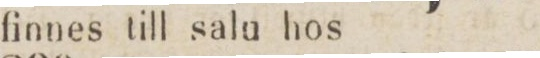
finnes till salu hos